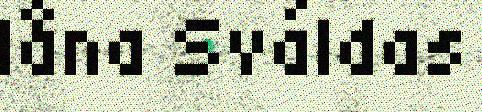
låna Sváldas